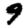
Digit: 9